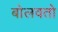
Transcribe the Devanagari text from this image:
बोलवतो